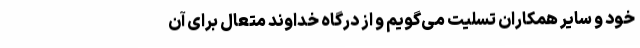
خود و سایر همکاران تسلیت می‌گویم و از درگاه خداوند متعال برای آن